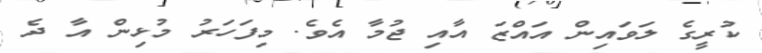
ކުރީގެ ލަވައިން އައްޒަ އާއި ޖުމާ އެވެ. މިފަހަރު މުޅިން އާ ދެ